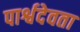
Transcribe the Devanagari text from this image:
पार्श्वदेवता